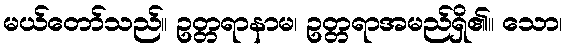
မယ်တော်သည်။ ဥတ္တရာနာမ၊ ဥတ္တရာအမည်ရှိ၏။ သော၊